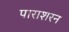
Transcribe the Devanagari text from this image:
पाराशरन